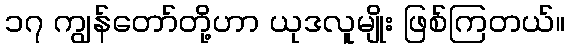
၁၇ ကျွန်တော်တို့ဟာ ယုဒလူမျိုး ဖြစ်ကြတယ်။